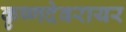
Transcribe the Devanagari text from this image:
कृष्णदेवरायर